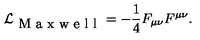
\mathcal { L } _ { \textrm { M a x w e l l } } = - \frac { 1 } { 4 } F _ { \mu \nu } F ^ { \mu \nu } .